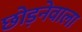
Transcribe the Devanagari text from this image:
छोड़नेवाला